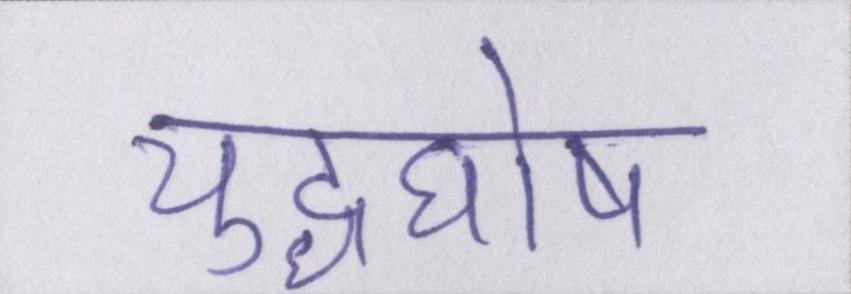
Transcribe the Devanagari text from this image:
युद्धघोष